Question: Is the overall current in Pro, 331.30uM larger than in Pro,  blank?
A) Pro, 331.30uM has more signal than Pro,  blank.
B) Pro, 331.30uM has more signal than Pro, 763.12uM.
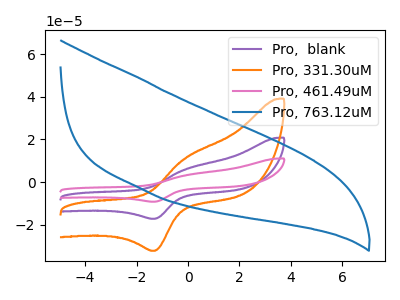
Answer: <think>The purple curve "Pro,  blank" has an anodic peak at (-0.05V, 6.15uA) and a cathodic peak at (-1.30V, -17.10uA). The orange curve "Pro, 331.30uM" has an anodic peak at (-0.05V, 11.50uA) and a cathodic peak at (-1.30V, -32.10uA). The pink curve "Pro, 461.49uM" has an anodic peak at (-0.05V, 12.25uA) and a cathodic peak at (-1.30V, -34.20uA). The blue curve "Pro, 763.12uM" has no peaks.
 All the peaks in "Pro, 331.30uM" have a peak in "Pro,  blank" at the same potential. Every peak in "Pro, 331.30uM" is higher than every peak in "Pro,  blank".</think>
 <answer>A) "Pro, 331.30uM" has more signal than "Pro,  blank".</answer>
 <eval>A</eval>